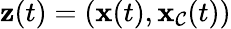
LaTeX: \mathbf{\boldsymbol{z}}(t)=(\mathbf{\boldsymbol{x}}(t),\mathbf{\boldsymbol{x}}_{\mathcal{C}}(t))